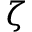
\zeta